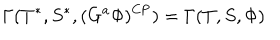
\Gamma ( T ^ { * } , S ^ { * } , ( G ^ { a } \Phi ) ^ { \mathrm { C P } } ) = \Gamma ( T , S , \Phi )